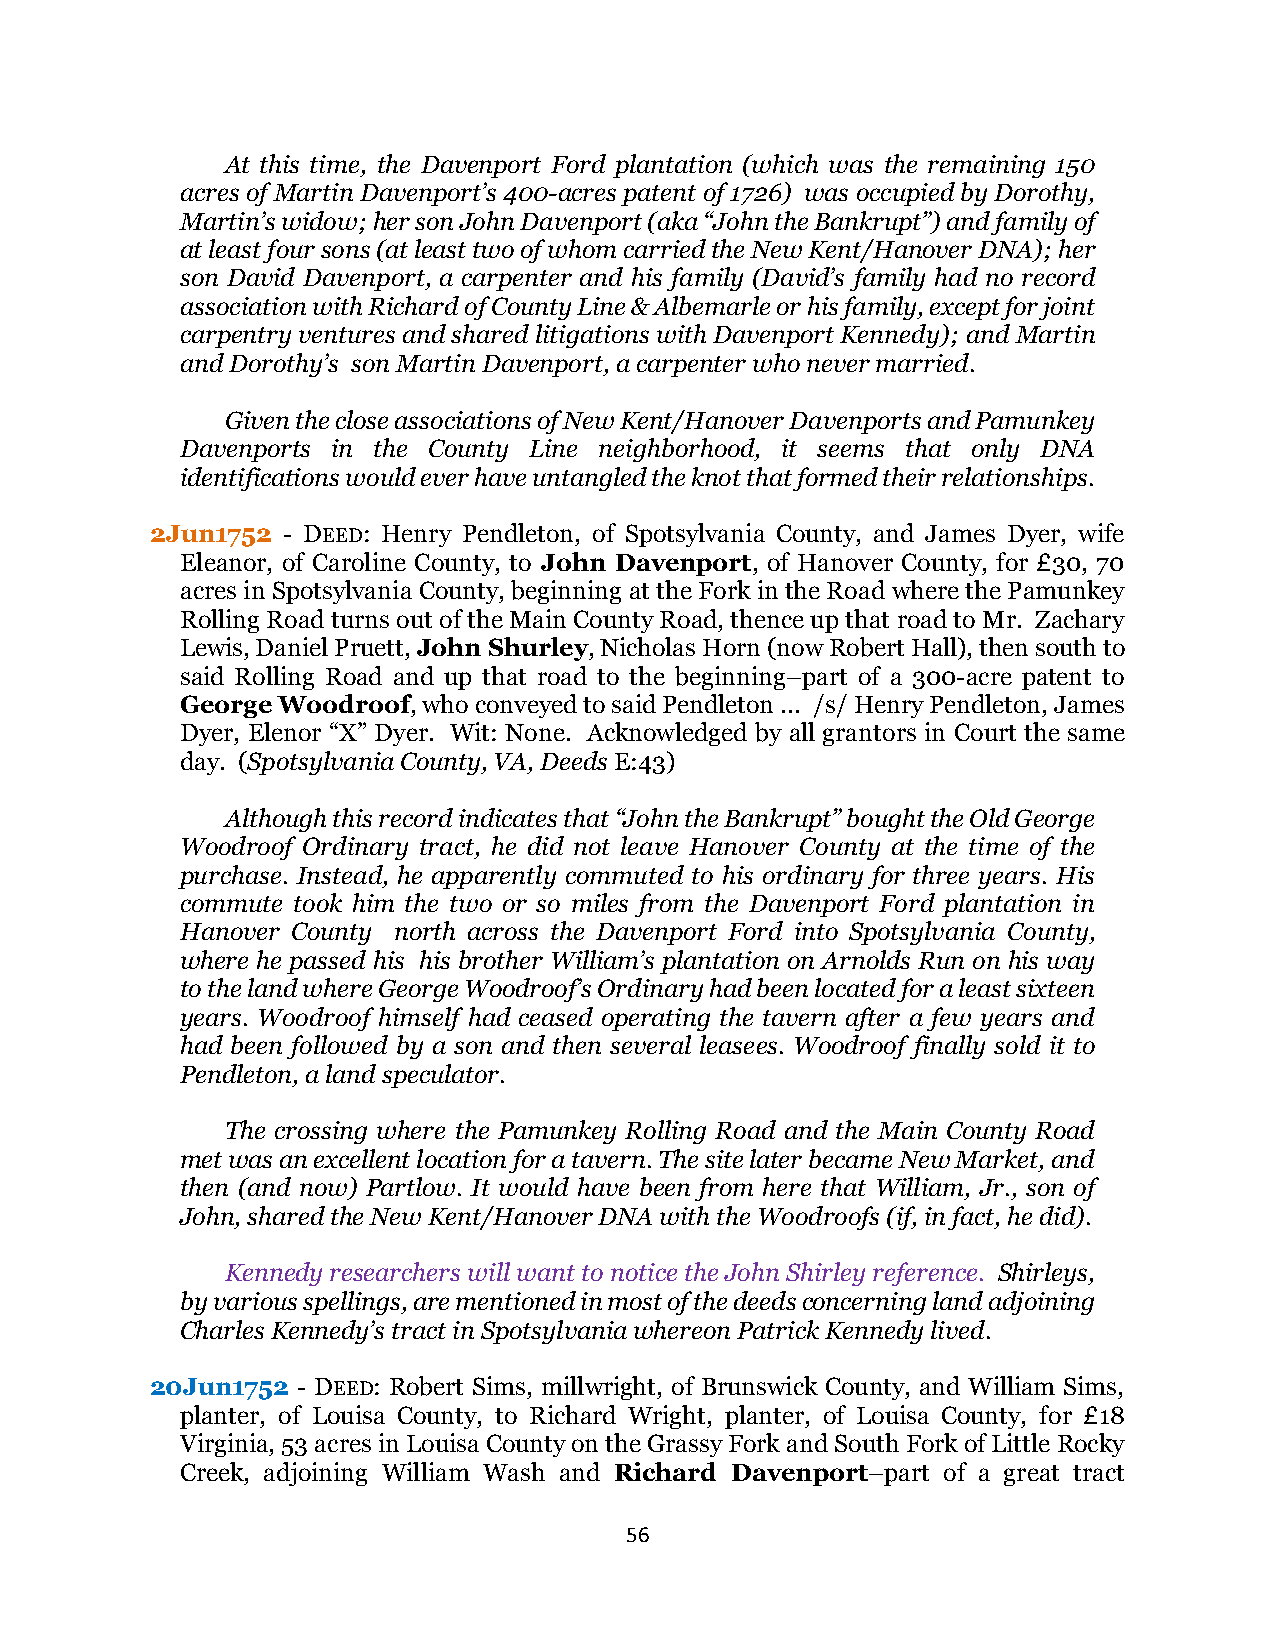
At this time, the Davenport Ford plantation (which was the remaining 150
 acres of Martin Davenport’s 400-acres patent of 1726) was occupied by Dorothy,
 Martin’s widow; her son John Davenport (aka “John the Bankrupt”) and family of
 at least four sons (at least two of whom carried the New Kent/Hanover DNA); her
 son David Davenport, a carpenter and his family (David’s family had no record
 association with Richard of County Line & Albemarle or his family, except for joint
 carpentry ventures and shared litigations with Davenport Kennedy); and Martin
 and Dorothy’s son Martin Davenport, a carpenter who never married.
 Given the close associations of New Kent/Hanover Davenports and Pamunkey
 Davenports in the County Line neighborhood, it seems that only DNA
 identifications would ever have untangled the knot that formed their relationships.
 2Jun1752 - DEED: Henry Pendleton, of Spotsylvania County, and James Dyer, wife
 Eleanor, of Caroline County, to John Davenport, of Hanover County, for £30, 70
 acres in Spotsylvania County, beginning at the Fork in the Road where the Pamunkey
 Rolling Road turns out of the Main County Road, thence up that road to Mr. Zachary
 Lewis, Daniel Pruett, John Shurley, Nicholas Horn (now Robert Hall), then south to
 said Rolling Road and up that road to the beginning–part of a 300-acre patent to
 George Woodroof, who conveyed to said Pendleton ... /s/ Henry Pendleton, James
 Dyer, Elenor “X” Dyer. Wit: None. Acknowledged by all grantors in Court the same
 day. (Spotsylvania County, VA, Deeds E:43)
 Although this record indicates that “John the Bankrupt” bought the Old George
 Woodroof Ordinary tract, he did not leave Hanover County at the time of the
 purchase. Instead, he apparently commuted to his ordinary for three years. His
 commute took him the two or so miles from the Davenport Ford plantation in
 Hanover County north across the Davenport Ford into Spotsylvania County,
 where he passed his his brother William’s plantation on Arnolds Run on his way
 to the land where George Woodroof’s Ordinary had been located for a least sixteen
 years. Woodroof himself had ceased operating the tavern after a few years and
 had been followed by a son and then several leasees. Woodroof finally sold it to
 Pendleton, a land speculator.
 The crossing where the Pamunkey Rolling Road and the Main County Road
 met was an excellent location for a tavern. The site later became New Market, and
 then (and now) Partlow. It would have been from here that William, Jr., son of
 John, shared the New Kent/Hanover DNA with the Woodroofs (if, in fact, he did).
 Kennedy researchers will want to notice the John Shirley reference. Shirleys,
 by various spellings, are mentioned in most of the deeds concerning land adjoining
 Charles Kennedy’s tract in Spotsylvania whereon Patrick Kennedy lived.
 20Jun1752 - DEED: Robert Sims, millwright, of Brunswick County, and William Sims,
 planter, of Louisa County, to Richard Wright, planter, of Louisa County, for £18
 Virginia, 53 acres in Louisa County on the Grassy Fork and South Fork of Little Rocky
 Creek, adjoining William Wash and Richard Davenport–part of a great tract
 56